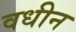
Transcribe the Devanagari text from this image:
वधीन